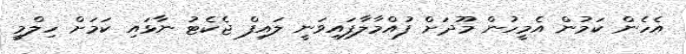
އެހެން ކަމުން އެމީހުން މޫދަށް ފުއްމާލާފައިވަނީ ލައިފް ޖެކެޓު ނާޅައި ކަމަށް ހިލްމީ